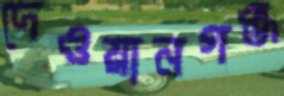
দেওয়ানগঞ্জ